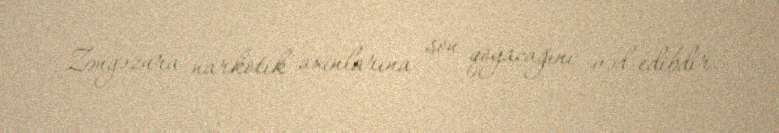
Zəngəzura narkotik axınlarına son qoyacağını vəd edibdir.